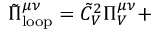
\tilde { \Pi } _ { \mathrm { l o o p } } ^ { \mu \nu } = \tilde { C } _ { V } ^ { 2 } \Pi _ { V } ^ { \mu \nu } +